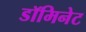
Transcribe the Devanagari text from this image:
डॉमिनेट